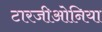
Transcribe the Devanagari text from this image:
टारजीओनिया